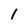
Character: 1